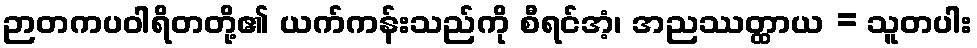
ဉာတကပဝါရိတတို့၏ ယက်ကန်းသည်ကို စီရင်အံ့၊ အညဿတ္ထာယ = သူတပါး